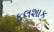
ફલશાક